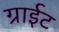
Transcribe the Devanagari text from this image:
ग्राईट